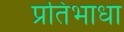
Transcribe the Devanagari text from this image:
प्रतिभाधा